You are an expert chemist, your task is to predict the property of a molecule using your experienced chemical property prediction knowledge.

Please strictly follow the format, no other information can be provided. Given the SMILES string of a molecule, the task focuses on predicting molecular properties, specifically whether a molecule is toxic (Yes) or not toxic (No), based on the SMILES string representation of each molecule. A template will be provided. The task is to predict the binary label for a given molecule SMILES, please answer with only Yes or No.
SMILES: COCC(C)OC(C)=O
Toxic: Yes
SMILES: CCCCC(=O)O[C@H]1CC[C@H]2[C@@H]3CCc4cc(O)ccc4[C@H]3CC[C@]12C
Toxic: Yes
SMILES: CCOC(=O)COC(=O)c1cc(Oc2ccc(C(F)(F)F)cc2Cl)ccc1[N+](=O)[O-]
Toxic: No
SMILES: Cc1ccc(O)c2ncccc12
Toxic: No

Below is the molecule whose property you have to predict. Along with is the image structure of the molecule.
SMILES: COC(C)(C)CC(C)=O
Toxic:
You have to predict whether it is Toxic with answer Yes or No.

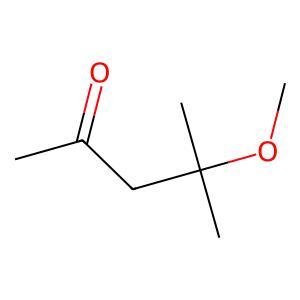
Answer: No